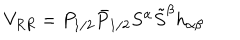
LaTeX: V _ { R R } = P _ { 1 / 2 } \bar { P } _ { 1 / 2 } S ^ { \alpha } \tilde { S } ^ { \beta } h _ { \alpha \beta }